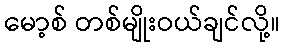
မော့စ် တစ်မျိုးဝယ်ချင်လို့။